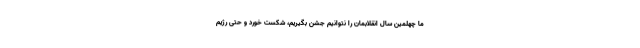
ما چهلمین سال انقلابمان را نتوانیم جشن بگیریم، شکست خورد و حتی رژیم